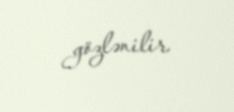
gözlənilir.